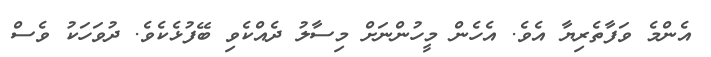
އެންމެ ވަފާތެރިޔާ އެވެ. އެހެން މީހުންނަށް މިސާލު ދެއްކެވި ބޭފުޅެކެވެ. ދުވަހަކު ވެސް